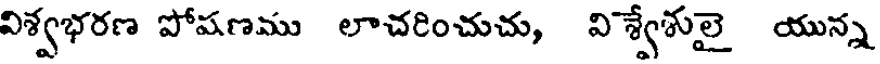
విశ్వభరణ పోషణము లాచరించుచు, విశ్వేశులై యున్న